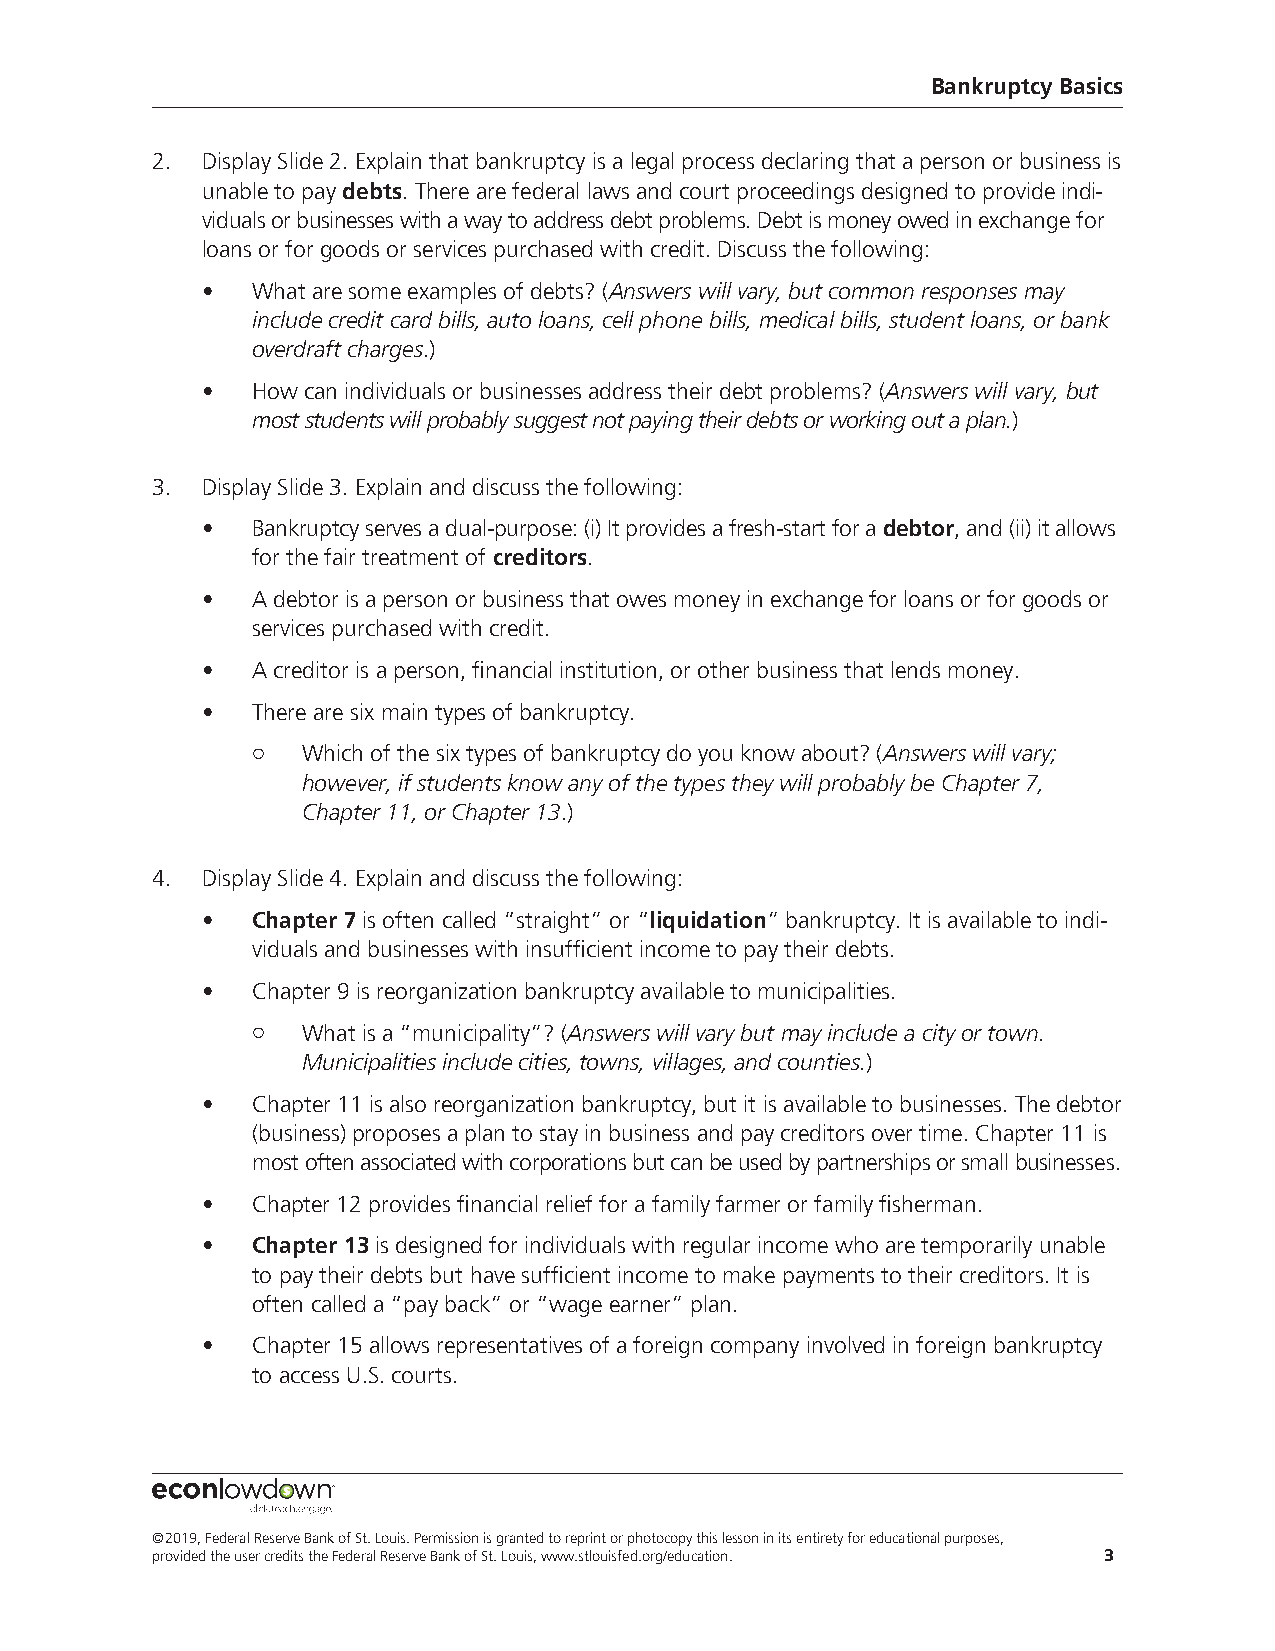
Bankruptcy Basics
 2. Display Slide 2. Explain that bankruptcy is a legal process declaring that a person or business is
 unable to pay debts. There are federal laws and court proceedings designed to provide indi-
 viduals or businesses with a way to address debt problems. Debt is money owed in exchange for
 loans or for goods or services purchased with credit. Discuss the following:
 •   What are some examples of debts? (Answers will vary, but common responses may
 include credit card bills, auto loans, cell phone bills, medical bills, student loans, or bank
 overdraft charges.)
 •   How can individuals or businesses address their debt problems? (Answers will vary, but
 most students will probably suggest not paying their debts or working out a plan.)
 3. Display Slide 3. Explain and discuss the following:
 •   Bankruptcy serves a dual-purpose: (i) It provides a fresh-start for a debtor, and (ii) it allows
 for the fair treatment of creditors.
 •   A debtor is a person or business that owes money in exchange for loans or for goods or
 services purchased with credit.
 •   A creditor is a person, financial institution, or other business that lends money.
 •   There are six main types of bankruptcy.
 ¡  Which of the six types of bankruptcy do you know about? (Answers will vary;
 however, if students know any of the types they will probably be Chapter 7,
 Chapter 11, or Chapter 13.)
 4. Display Slide 4. Explain and discuss the following:
 •   Chapter 7 is often called “straight” or “liquidation” bankruptcy. It is available to indi-
 viduals and businesses with insufficient income to pay their debts.
 •   Chapter 9 is reorganization bankruptcy available to municipalities.
 ¡  What is a “municipality”? (Answers will vary but may include a city or town.
 Municipalities include cities, towns, villages, and counties.)
 •   Chapter 11 is also reorganization bankruptcy, but it is available to businesses. The debtor
 (business) proposes a plan to stay in business and pay creditors over time. Chapter 11 is
 most often associated with corporations but can be used by partnerships or small businesses.
 •   Chapter 12 provides financial relief for a family farmer or family fisherman.
 •   Chapter 13 is designed for individuals with regular income who are temporarily unable
 to pay their debts but have sufficient income to make payments to their creditors. It is
 often called a “pay back” or “wage earner” plan.
 •   Chapter 15 allows representatives of a foreign company involved in foreign bankruptcy
 to access U.S. courts.
 ©2019, Federal Reserve Bank of St. Louis. Permission is granted to reprint or photocopy this lesson in its entirety for educational purposes,
 provided the user credits the Federal Reserve Bank of St. Louis, www.stlouisfed.org/education. 3